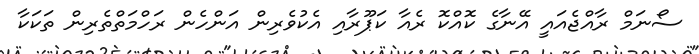
ސޯނަމް ރާއްޖެއައީ އޭނާގެ ކޮއްކޮ ރެއާ ކަޕޫރާއި އެކުވެރިން އަންހެން ރަހްމަތްތެރިން ތަކަކާ